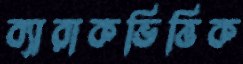
ব্যারাকভিত্তিক